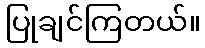
ပြုချင်ကြတယ်။